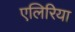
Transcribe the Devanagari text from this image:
एलिरिया